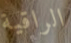
الراقية